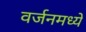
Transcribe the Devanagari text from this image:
वर्जनमध्ये